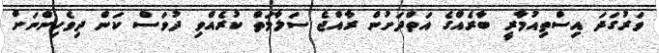
ވަރުގަދަ އިސްތިއުމާރީ ބާރެއްގެ އަތްދަށުން ރާއްޖެ ސަލާމަތް ކުރެއްވި ދުވަސް ކަން ދިވެހިންނަށް